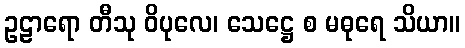
ဥဠာရော တီသု ဝိပုလေ၊ သေဋ္ဌေ စ မဓုရေ သိယာ။